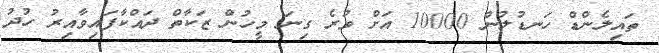
ތައިލެންޑް ހަނޑުލުން 10000 އަށް ވުރެ ގިނަ މީހުން ޒަކާތް ދައްކާފައިވާއިރު ހުދު